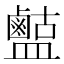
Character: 𪉶